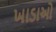
ખાડાઓ